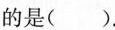
的是( )。